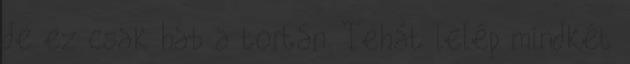
de ez csak hab a tortán. Tehát lelép mindkét